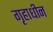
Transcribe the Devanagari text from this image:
गृहाधीन